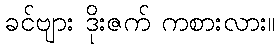
ခင်ဗျား ဒိုးဇက် ကစားလား။